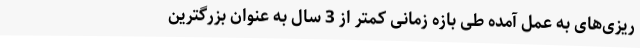
ریزی‌های به عمل آمده طی بازه زمانی کمتر از 3 سال به عنوان بزرگترین